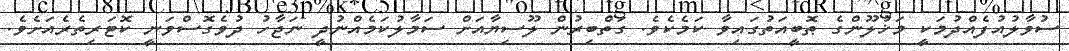
ސުވާލުއުފެއްދުމަކީ މަޚުލޫންގެ ޠޮބީއަތުގައިވާ ކަމެކެވެ. ގަތްބިރުން ލޫސިޔާއަށް ސަމާލުކަމެއްނުދީ ނަޖާހު ދުވެގޮސްވަނީ ކޮޓަރިތެރެއަށެވެ.